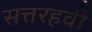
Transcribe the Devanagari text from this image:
सत्तरहवीं